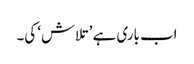
اب باری ہے ’تلاش‘ کی۔